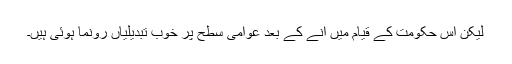
لیکن اس حکومت کے قیام میں آنے کے بعد عوامی سطح پر خوب تبدیلیاں رونما ہوئی ہیں۔